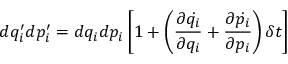
d q _ { i } ^ { \prime } d p _ { i } ^ { \prime } = d q _ { i } d p _ { i } \left[ 1 + \left( { \frac { \partial { \dot { q _ { i } } } } { \partial q _ { i } } } + { \frac { \partial { \dot { p _ { i } } } } { \partial p _ { i } } } \right) \delta t \right]